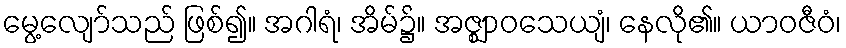
မွေ့လျော်သည် ဖြစ်၍။ အဂါရံ၊ အိမ်၌။ အဇ္ဈာဝသေယျံ၊ နေလို၏။ ယာဝဇီဝံ၊